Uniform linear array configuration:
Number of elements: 16
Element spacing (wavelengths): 0.5
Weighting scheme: hamming
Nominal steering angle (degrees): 30
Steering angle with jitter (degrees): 31.689
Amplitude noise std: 0.05
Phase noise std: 0.05

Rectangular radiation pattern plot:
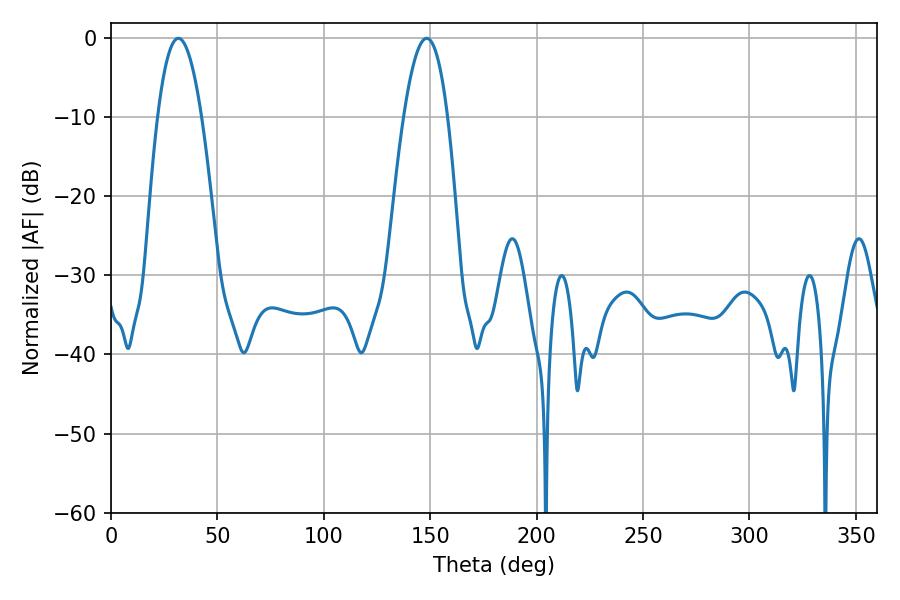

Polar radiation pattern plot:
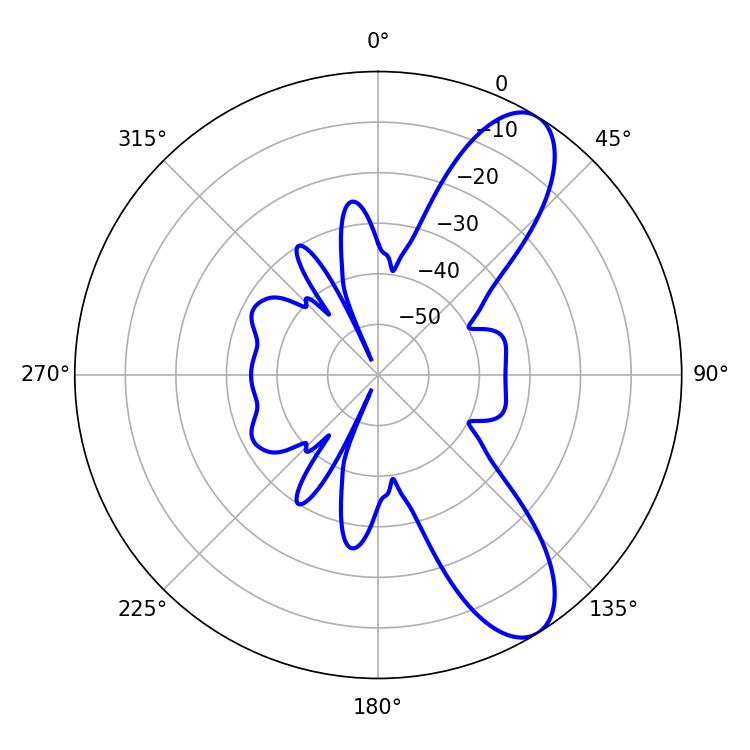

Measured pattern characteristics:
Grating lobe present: FALSE
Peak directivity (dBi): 9.495
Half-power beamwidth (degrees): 11.34
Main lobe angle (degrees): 31.68